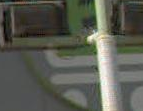
-